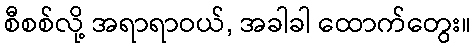
စီစစ်လို့ အရာရာဝယ်, အခါခါ ထောက်တွေး။